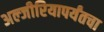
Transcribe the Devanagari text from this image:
अल्जीरियापर्यंतचा